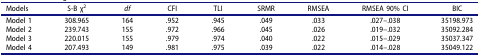
<table><thead><tr><td><b>Models</b></td><td><b>S-B χ<sup>2</sup></b></td><td><b><i>df</i></b></td><td><b>CFI</b></td><td><b>TLI</b></td><td><b>SRMR</b></td><td><b>RMSEA</b></td><td><b>RMSEA 90% CI</b></td><td><b>BIC</b></td></tr></thead><tbody><tr><td>Model 1</td><td>308.965</td><td>164</td><td>.952</td><td>.945</td><td>.049</td><td>.033</td><td>.027–.038</td><td>35198.973</td></tr><tr><td>Model 2</td><td>239.743</td><td>155</td><td>.972</td><td>.966</td><td>.045</td><td>.026</td><td>.019–.032</td><td>35092.284</td></tr><tr><td>Model 3</td><td>220.015</td><td>155</td><td>.979</td><td>.974</td><td>.040</td><td>.022</td><td>.015–.029</td><td>35037.347</td></tr><tr><td>Model 4</td><td>207.493</td><td>149</td><td>.981</td><td>.975</td><td>.039</td><td>.022</td><td>.014–.028</td><td>35049.122</td></tr></tbody></table>